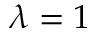
\lambda = 1